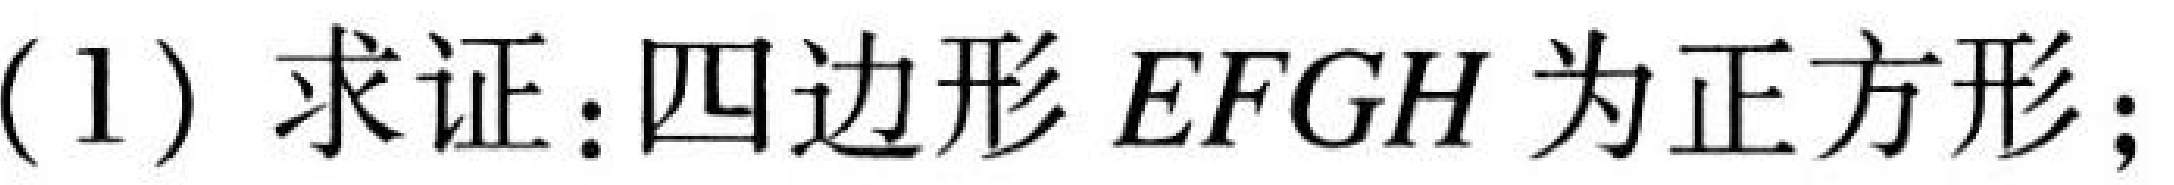
(1) 求证：四边形\(EFGH\)为正方形；